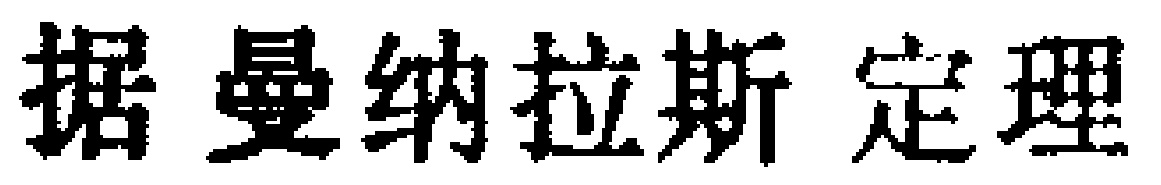
据曼纳拉斯 定理